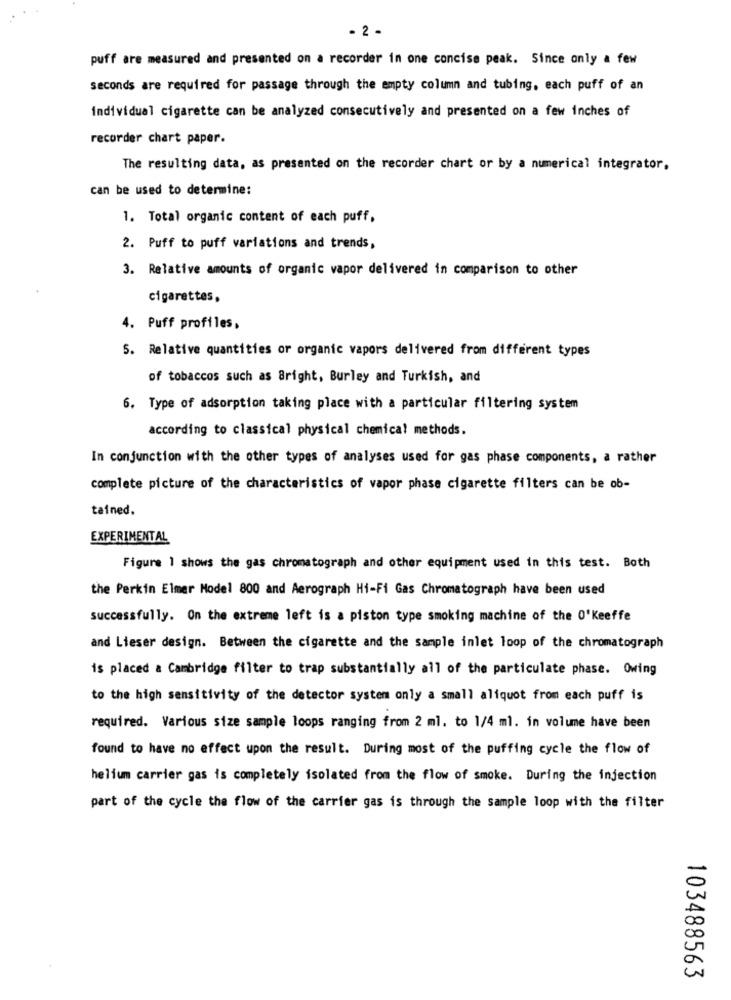
- 2 -
puff are measured and presented on a recorder in one concise peak. Since only a few
seconds are required for passage through the empty column and tubing, each puff of an
individual cigarette can be analyzed consecutively and presented on a few inches of
recorder chart paper.
The resulting data, as presented on the recorder chart or by a numerical integrator,
can be used to determine:
1. Total organic content of each puff,
2. Puff to puff variations and trends,
3. Relative amounts of organic vapor delivered in comparison to other
cigarettes,
4. Puff profiles,
5. Relative quantities or organic vapors delivered from different types
of tobaccos such as Bright, Burley and Turkish, and
6. Type of adsorption taking place with a particular filtering system
according to classical physical chemical methods.
In conjunction with the other types of analyses used for gas phase components, a rather
complete picture of the characteristics of vapor phase cigarette filters can be ob-
tained,
EXPERIMENTAL
Figure 1 shows the gas chromatograph and other equipment used in this test. Both
the Perkin Elmer Model 800 and Aerograph Hi-Fi Gas Chromatograph have been used
successfully. On the extreme left is a piston type smoking machine of the O'keeffe
and Lieser design. Between the cigarette and the sample inlet loop of the chromatograph
is placed a Cambridge filter to trap substantially all of the particulate phase. Owing
to the high sensitivity of the detector system only a small aliquot from each puff is
required. Various size sample loops ranging from 2 ml. to 1/4 ml. in volume have been
found to have no effect upon the result. During most of the puffing cycle the flow of
helium carrier gas is completely isolated from the flow of smoke. During the injection
part of the cycle the flow of the carrier gas is through the sample loop with the filter
103488563